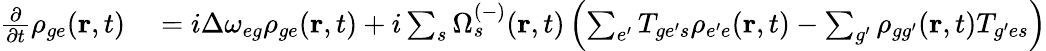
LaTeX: \begin{array}{rl}{\frac{\partial}{\partial t}\rho_{{ge}}(\textbf{r},t)}&{{}=i\Delta\omega_{{eg}}\rho_{{ge}}(\textbf{r},t)+i\sum_{s}\Omega_{s}^{(-)}(\textbf{r},t)\left(\sum_{e^{\prime}}T_{{ge^{\prime}}s}\rho_{{e^{\prime}e}}(\textbf{r},t)-\sum_{g^{\prime}}\rho_{{gg^{\prime}}}(\textbf{r},t)T_{{g^{\prime}e}s}\right)}\end{array}